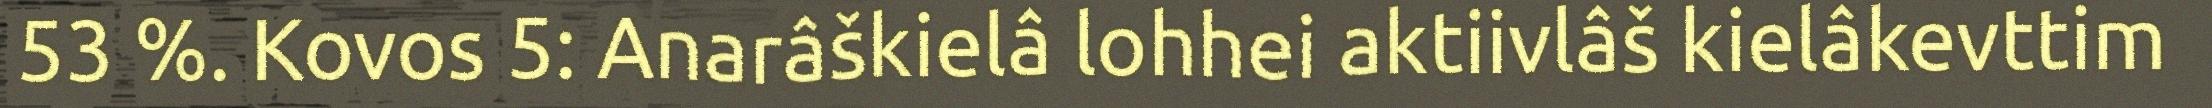
53 %. Kovos 5: Anarâškielâ lohhei aktiivlâš kielâkevttim